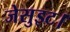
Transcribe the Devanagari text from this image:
जेसुइट।